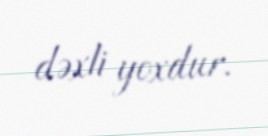
dəxli yoxdur.